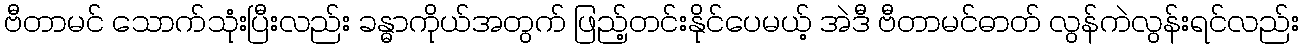
ဗီတာမင် သောက်သုံးပြီးလည်း ခန္ဓာကိုယ်အတွက် ဖြည့်တင်းနိုင်ပေမယ့် အဲဒီ ဗီတာမင်ဓာတ် လွန်ကဲလွန်းရင်လည်း